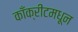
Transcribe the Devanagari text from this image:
काँक्रीटमधून